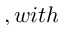
, w i t h